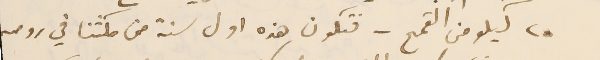
٢٠ كيلو من القمح - فتكون هذه اول سنة من مكثنا في رومىه